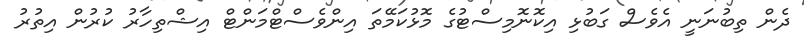
ދެން ތިބުނަނީ އެވެސް ގަބުޅި އިކޮނޮމިސްޓުގެ މޮޅުކަމޭތަ އިންވެސްޓްމަންޓް އިޝްތިހާރު ކުރުން އިތުރު